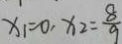
x _ { 1 } = 0 , x _ { 2 } = \frac { 8 } { 9 }